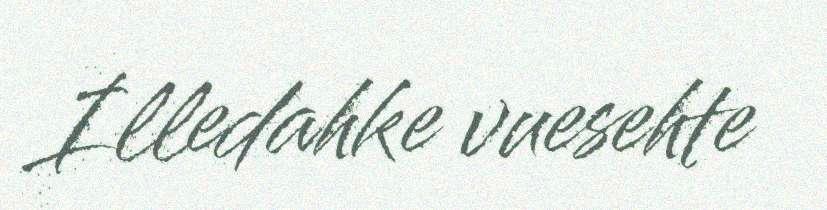
Illedahke vuesehte